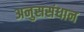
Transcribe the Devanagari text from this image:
अनुससंधान